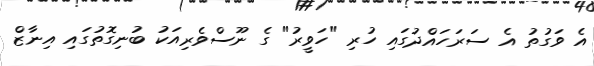
އެ ވަގުތު އެ ސަރަހައްދުގައި ހުރި "ހަވީރު" ގެ ނޫސްވެރިއަކު ބުނިގޮތުގައި އިނާޒް